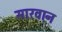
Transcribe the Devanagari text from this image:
सारवान